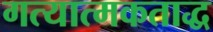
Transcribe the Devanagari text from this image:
गत्यात्मकताद्ध